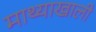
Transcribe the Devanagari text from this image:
माथ्याखाली